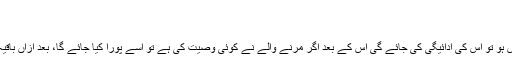
سائل: محمد ظہیر افضل چشتیمقام: اوچ شریف
تاریخ اشاعت: 02 اکتوبر 2019ء
میت کے ترکہ سے اس کے کفن دفن کے اخراجات کے بعد اگر قرض ہو تو اس کی ادائیگی کی جائے گی اس کے بعد اگر مرنے والے نے کوئی وصیت کی ہے تو اسے پورا کیا جائے گا، بعد ازاں باقیہ قابلِ تقسیم ترکہ سے مرحوم کی بیوہ کو چوتھا حصہ (1/4) ملے گا۔